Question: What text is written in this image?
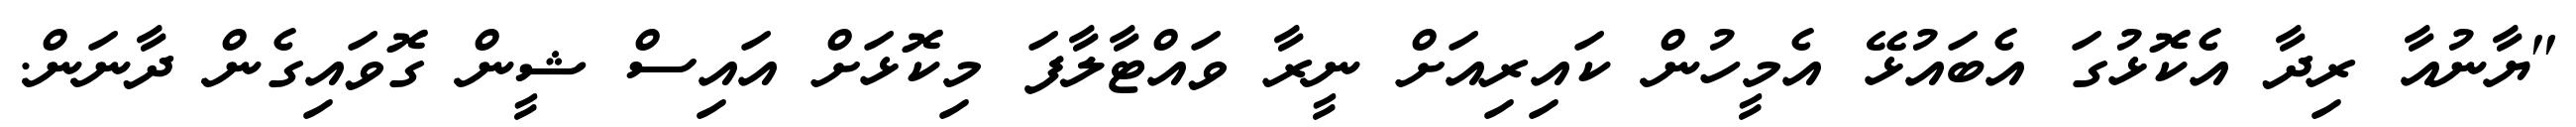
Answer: "ޔާނުއާ ރިދާ އެކޮޅުގަ އެބައުޅޭ އެމީހުން ކައިރިއަށް ނީރާ ވައްޓާލާފަ މިކޮޅަށް އައިސް ޝީން ގޮވައިގެން ދާނަން.